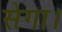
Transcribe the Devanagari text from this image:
सेगा।